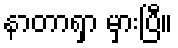
နာတာရှာ မှားပြီ။